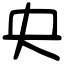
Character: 央